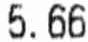
5.66